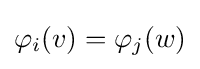
\varphi _{i}(v)=\varphi _{j}(w)